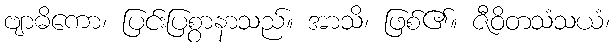
ဗျာဓိကော၊ ပြင်းပြစွာနာသည်။ အာသိ၊ ဖြစ်၏။ ဇီဝိတသံသယံ၊